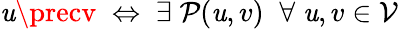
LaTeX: \mathit{u}\precv\; \Leftrightarrow\; \exists\; \mathcal{{P}}(\mathit{u},v)\; \; \forall\; \mathit{u},v\in\mathcal{{V}}